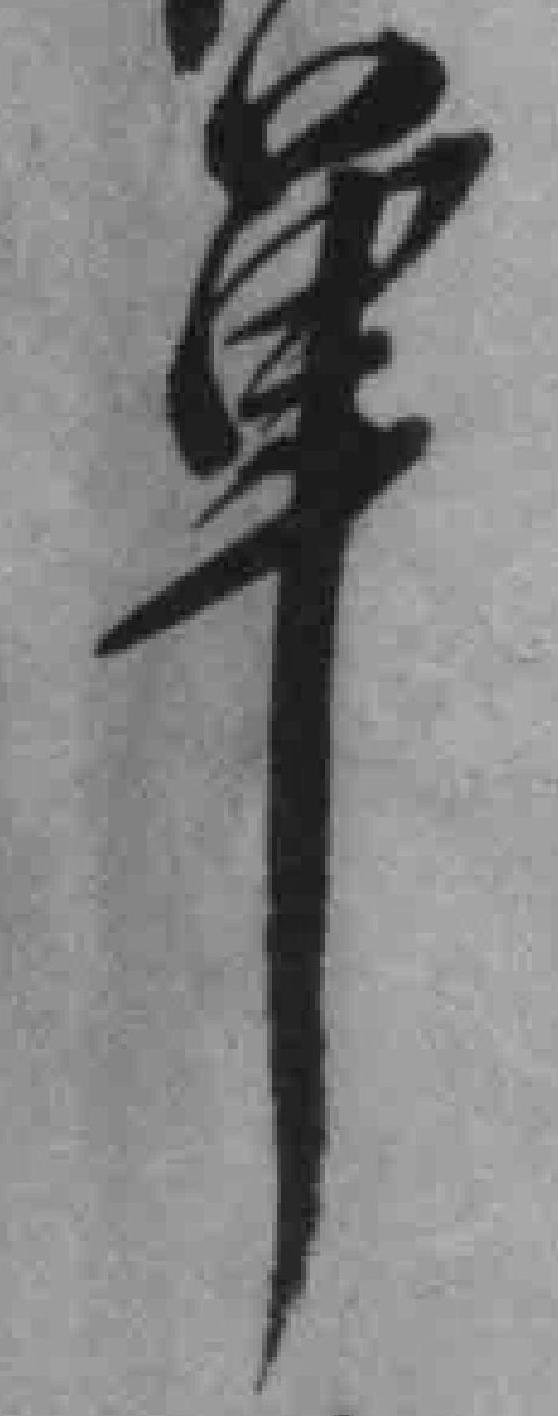
单